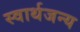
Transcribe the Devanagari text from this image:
स्वार्थजन्य